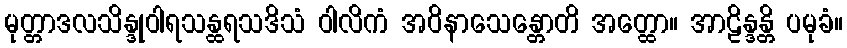
မုတ္တာဒလသိန္ဒုဝါရသန္ထရသဒိသံ ဝါလိကံ အဝိနာသေန္တောတိ အတ္ထော။ အာဠိန္ဒန္တိ ပမုခံ။